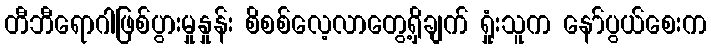
တီဘီရောဂါဖြစ်ပွားမှုနှုန်း စိစစ်လေ့လာတွေ့ရှိချက် ရှုံးသူက နော်ပွယ်စေးက